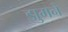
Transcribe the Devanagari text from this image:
झुमने